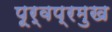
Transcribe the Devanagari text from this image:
पूर्वप्रमुख